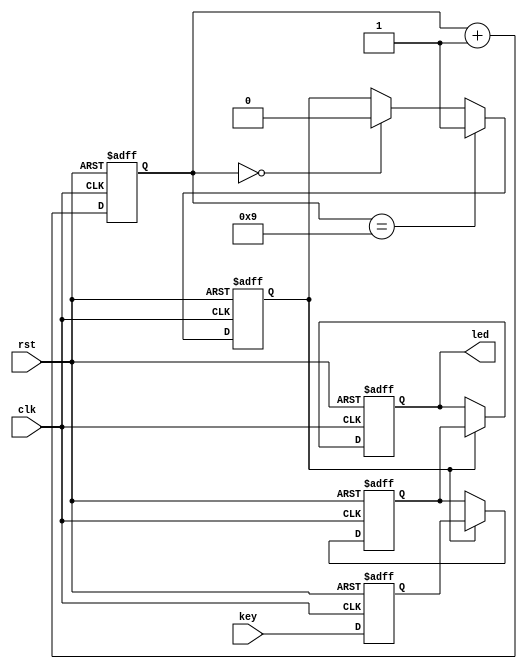
// This program was cloned from: https://github.com/MongooseOrion/FPGA_atoms
// License: MIT License

/////////////////////////////////////////////////
//  8  8  LED 
/////////////////////////////////////////////////

module led(
  input              clk,
  input              rst,
  input       [7:0]  key,
  output reg  [7:0]  led
);

// 
parameter CLK_PULSE = 10;

reg  [7:0]  key_reg;
reg  [7:0]  key_reg_out;
reg  [3:0]  count;
reg         flag;

// 
always@(posedge clk or negedge rst) begin
    if(!rst) key_reg <= 0;        // PDS  rst  null 
    else key_reg <= key;
end

// 
always@(posedge clk or negedge rst) begin
    if(!rst) count <= 0;
    else count <= count + 1;
end

// 
always@(posedge clk or negedge rst) begin
    if(!rst) flag <= 0;
    else begin
        if(count == CLK_PULSE-1) begin
            flag <= 1'b1;
        end
        else begin
            if(count == 0) flag <= 1'b0;
            else flag <= flag;
        end
    end
end

// 
always@(posedge clk or negedge rst) begin
  if(!rst)begin
    key_reg_out <= 8'b0;
  end
  else begin
    if(flag == 1'b1) begin
      key_reg_out <= key_reg;
    end
    else key_reg_out <= key_reg_out;
  end
end

//  LED 
always @(posedge clk or negedge rst) begin
    if (!rst) begin
        led <= 8'b0;
    end else begin
        if (flag) begin
            led <= key_reg_out;
        end
    end
end


endmodule